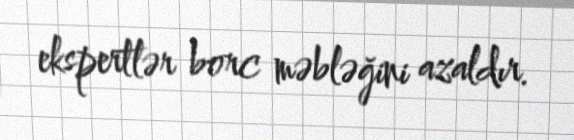
ekspertlər borc məbləğini azaldır.